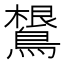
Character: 𱈴